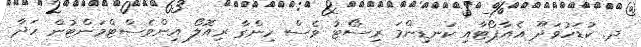
ދ. ކުޑަހުވަދޫ އެއާޕޯޓާއި ކަނޑިންމަ ރިސޯޓު ވެސް ހިންގާ ރިއޮލޯ އިންވެސްޓްމަންޓުން ހަދާ